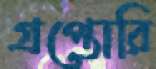
গ্রপ্তোরি